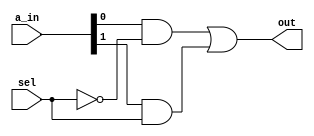

/*
	##. Implementation of 2x1 mux

*/

module mux_2x1 #(parameter DATA_WIDTH=2)(
			input [DATA_WIDTH-1:0] a_in,
			input sel,
			output out
		);
	wire t1,t2,t3;
	//assign out = a_in[sel];

	not g1(t1,sel);
	and g2(t2,a_in[0],t1);
	and g3(t3,a_in[1],sel);
	or g4(out,t2,t3);

endmodule